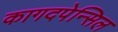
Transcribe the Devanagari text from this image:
कागदपेन्सिल